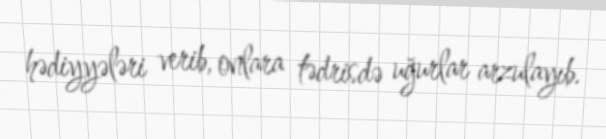
hədiyyələri verib, onlara tədrisdə uğurlar arzulayıb.